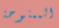
الممنوحة